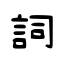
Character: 詞